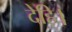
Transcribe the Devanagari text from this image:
देहि।